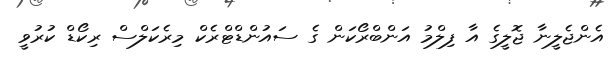
އެންޖެލީނާ ޖޮލީގެ އާ ފިލްމު އަންބްރޯކަން ގެ ސައުންޑްޓްރެކް މިރެކަލްސް ރިކޯޑް ކުރުވީ